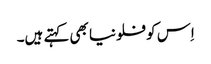
اِس کو فلونیا بھی کہتے ہیں۔